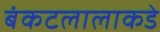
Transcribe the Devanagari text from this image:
बंकटलालाकडे